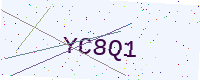
Text: YC8Q1